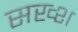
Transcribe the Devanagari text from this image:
सख्श